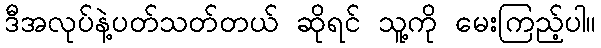
ဒီအလုပ်နဲ့ပတ်သတ်တယ် ဆိုရင် သူ့ကို မေးကြည့်ပါ။